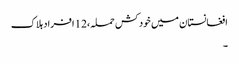
افغانستان میں خود کش حملہ،12 افراد ہلاک
۔